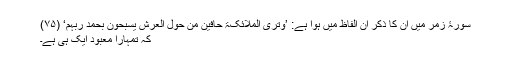
سورۂ زمر میں ان کا ذکر ان الفاظ میں ہوا ہے: ’وَتَرَی الْمَلَائِکَۃَ حَافِّیْنَ مِنْ حَوْلِ الْعَرْشِ یُسَبِّحُونَ بِحَمْدِ رَبِّہِمْ‘ (۷۵)
کہ تمہارا معبود ایک ہی ہے۔